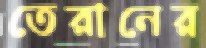
তেরানের